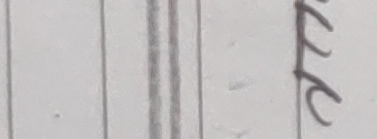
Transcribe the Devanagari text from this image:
ल्ल